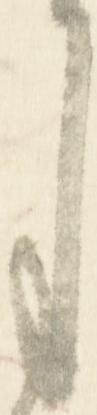
月